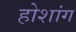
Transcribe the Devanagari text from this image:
होशांग